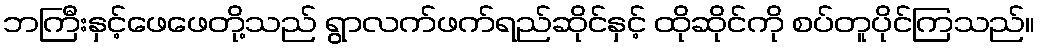
ဘကြီးနှင့်ဖေဖေတို့သည် ရွာလက်ဖက်ရည်ဆိုင်နှင့် ထိုဆိုင်ကို စပ်တူပိုင်ကြသည်။